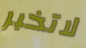
لاتخبر